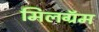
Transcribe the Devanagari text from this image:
मिलग्रॅम